Indian journal of veterinary science and animal husbandry - Volume 5,
Year: 1935
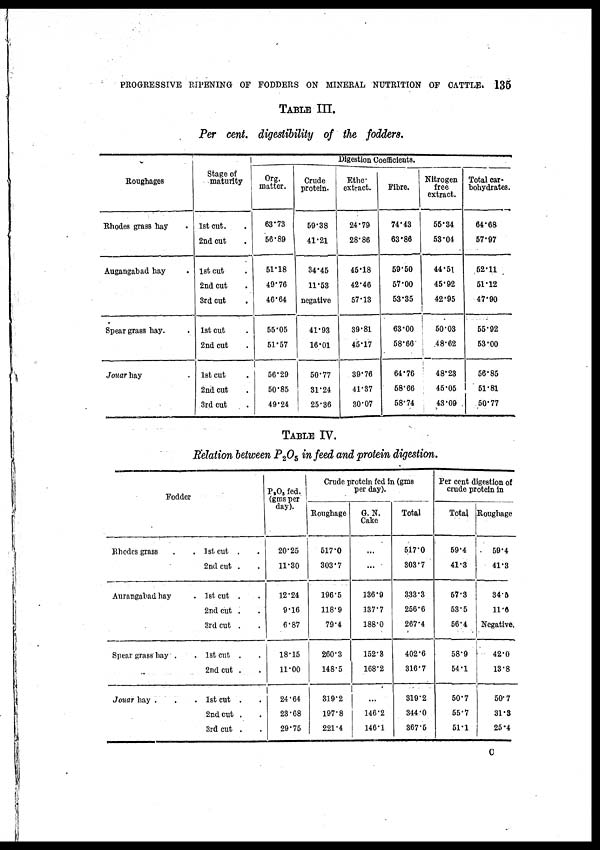
PROGRESSIVE RIPENING OF FODDERS ON MINERAL NUTRITION OF CATTLE. 135
TABLE III.
Per cent. digestibility of the fodders.
Roughages
Rhodes grass hay
.
Augangabad hay .
Spear grass hay. .
Jouar hay .
Stage of
maturity
1st cut. .
2nd cut .
1 st cut .
2nd cut .
3rd cut .
1st cut .
2nd cut .
1st cut .
2nd cut .
3rd cut .
Digestion Coefficients.
Org.
matter.
63.73
56.89
51.18
49.76
46.64
55.05
51.57
56.29
50.85
49.24
Crude
protein.
59.38
41.21
34.45
11.53
negative
41.93
16.01
50.77
31.24
25.36
Ether
extract.
24.79
28.86
45.18
42.46
57.13
39.81
45.17
39.76
41.37
30.07
Fibre.
74.43
63.86
59.50
57.00
53.35
63.00
58.66
64.76
58.66
58.74
Nitrogen
free
extract.
55.34
53.04
44.51
45.92
42.95
50.03
48.62
48.23
45.05
43.09
Total car-
bohydrates.
64.68
57.97
52.11
51.12
47.90
55.92
53.00
56.85
51.81
50.77
TABLE IV.
Relation between P 2 O 5 in feed and protein digestion.
Fodder
Rhodes grass . .
Aurangabad hay .
Spear grass hay . .
Jouar hay . . .
1st cut . .
2nd cut . .
1st cut . .
2nd cut . .
3rd cut . .
1st cut . .
2nd cut . .
1st cut . .
2nd cut . .
3rd cut . .
P 2 O 5 fed.
(gms per
day).
20.25
11.30
12.24
9.16
6.87
18.15
11.00
24.64
23.68
29.75
Crude protein fed in (gms
per day).
Roughage
517.0
303.7
196.5
118.9
79.4
260.3
148.5
319.2
197.8
221.4
G.N.
Cake
...
...
136.9
137.7
188.0
152.3
168.2
...
146.2
146.1
Total
517.0
303.7
333.3
256.6
267.4
402.6
316.7
319.2
344.0
367.5
Per cent digestion of
crude protein in
Total
59.4
41.3
57.3
53.5
56.4
58.9
54.1
50.7
55.7
51.1
Roughage
59.4
41.3
34.5
11.6
Negative.
42.0
13.8
50.7
31.3
25.4
C